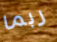
ربما